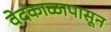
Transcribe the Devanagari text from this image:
वेदकाळापासून